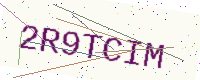
Text: 2R9TCIM